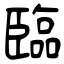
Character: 臨